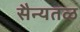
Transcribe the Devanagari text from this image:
सैन्यतळ